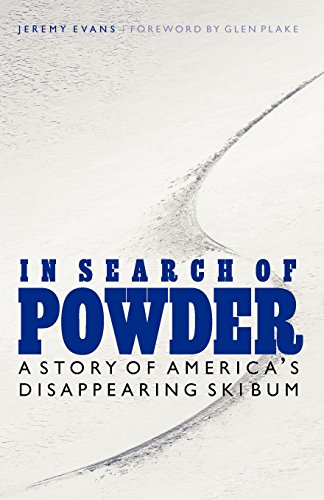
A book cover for In Search of Powder: A Story of America's Disappearing Ski Bum; Jeremy Evans; Sports & Outdoors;